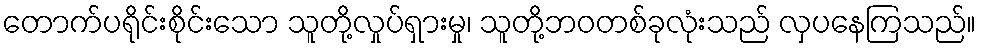
တောက်ပရိုင်းစိုင်းသော သူတို့လှုပ်ရှားမှု၊ သူတို့ဘဝတစ်ခုလုံးသည် လှပနေကြသည်။